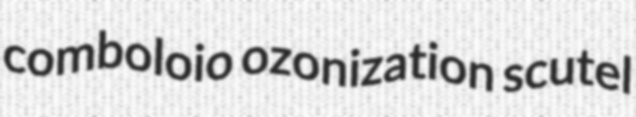
comboloio ozonization scutel